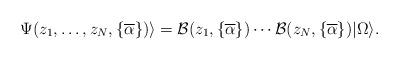
LaTeX: \begin{align*}\Psi(z_1,\dots,z_N,\{ \overline{\alpha} \}) \rangle=\mathcal{B}(z_1,\{ \overline{\alpha} \}) \cdots\mathcal{B}(z_N,\{ \overline{\alpha} \})| \Omega \rangle.\end{align*}